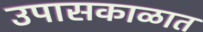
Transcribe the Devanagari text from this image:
उपासकाळात